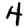
Digit: 4